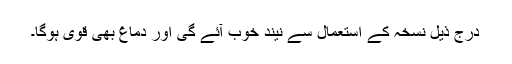
درج ذیل نسخہ کے استعمال سے نیند خوب آئے گی اور دماغ بھی قوی ہوگا۔